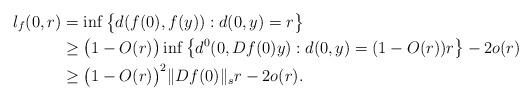
LaTeX: \begin{align*}l_f(0,r)&=\inf\big\{d(f(0),f(y)):d(0,y)= r\big\}\\&\geq \big(1-O(r)\big)\inf\big\{d^0(0,Df(0)y):d(0,y)=(1-O(r))r\big\}-2o(r)\\&\geq \big(1-O(r)\big)^2\|Df(0)\|_sr-2o(r).\end{align*}